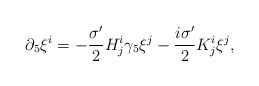
\begin{align*}\partial_5 \xi^i = -\frac{\sigma'}{2} H^i_j \gamma_5\xi^j -\frac{i\sigma'}{2} K^i_j \xi^j,\end{align*}